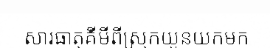
សារធាតុគីមីពីស្រុកយួនយកមក